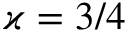
\varkappa = 3 / 4